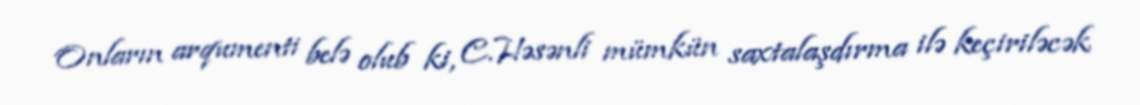
Onların arqumenti belə olub ki, C.Həsənli mümkün saxtalaşdırma ilə keçiriləcək